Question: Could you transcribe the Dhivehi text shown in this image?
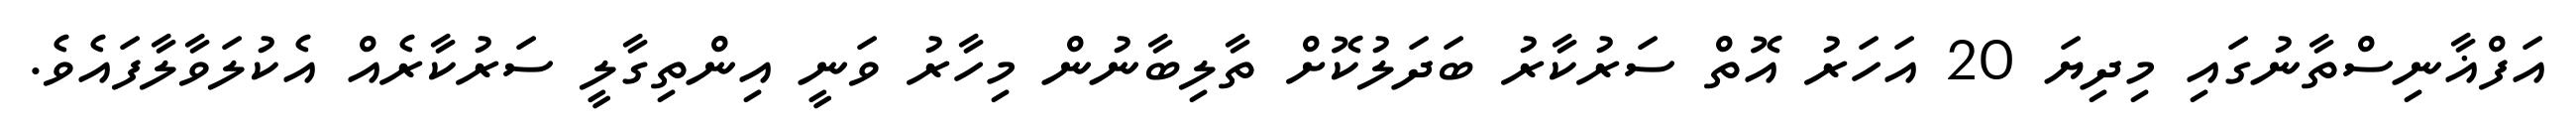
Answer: އަފްޣާނިސްތާނުގައި މިދިޔަ 20 އަހަރު އޮތް ސަރުކާރު ބަދަލުކޮށް ތާލިބާނުން މިހާރު ވަނީ އިންތިގާލީ ސަރުކާރެއް އެކުލަވާލާފައެވެ.